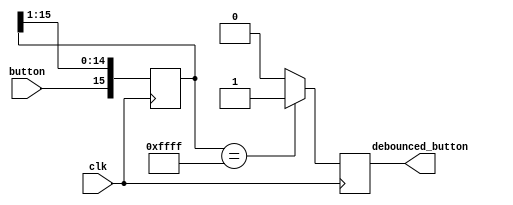
`timescale 1ns / 1ps
//////////////////////////////////////////////////////////////////////////////////
// Company: 
// Engineer: 
// 
// Design Name: 
// Module Name: button_debouncer
// Project Name: 
// Target Devices: 
// Tool Versions: 
// Description: 
// 
// Dependencies: 
// 
// Revision:
// Revision 0.01 - File Created
// Additional Comments:
// 
//////////////////////////////////////////////////////////////////////////////////


module button_debouncer #(parameter depth = 16)(input wire clk, button,
                                                output reg debounced_button);
localparam history_max = (2**depth)-1;

reg [depth-1:0] history;

always @(posedge clk)
begin
    history <= {button, history[depth-1:1]};
    debounced_button <= (history == history_max) ? 1'b1 : 1'b0;
end
endmodule